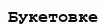
Букетовке